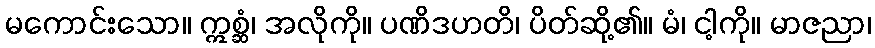
မကောင်းသော။ ဣစ္ဆံ၊ အလိုကို။ ပဏိဒဟတိ၊ ပိတ်ဆို့၏။ မံ၊ ငါ့ကို။ မာဇညာ၊